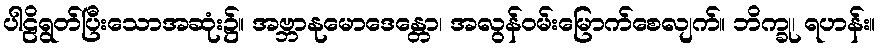
ပါဠိရွတ်ပြီးသောအဆုံး၌။ အဗ္ဘာနုမောဒေန္တော၊ အလွန်ဝမ်းမြောက်စေလျက်။ ဘိက္ခု၊ ရဟန်း။